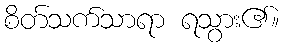
စိတ်သက်သာရာ ရသွား၏။